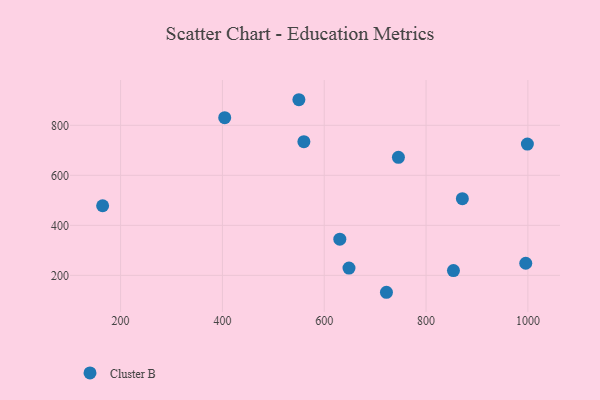
{"axis": {"x": "Speed", "y": "Yield"}, "legend": ["Cluster B"], "data": [{"x": "550.2", "y": 902.3, "type": "Cluster B"}, {"x": "995.8", "y": 248.5, "type": "Cluster B"}, {"x": "871.3", "y": 506.6, "type": "Cluster B"}, {"x": "630.6", "y": 344.8, "type": "Cluster B"}, {"x": "722.2", "y": 132.4, "type": "Cluster B"}, {"x": "164.7", "y": 478.3, "type": "Cluster B"}, {"x": "648.6", "y": 229.0, "type": "Cluster B"}, {"x": "999.0", "y": 725.0, "type": "Cluster B"}, {"x": "404.5", "y": 830.5, "type": "Cluster B"}, {"x": "853.8", "y": 219.0, "type": "Cluster B"}, {"x": "745.7", "y": 672.0, "type": "Cluster B"}, {"x": "560.0", "y": 734.7, "type": "Cluster B"}]}